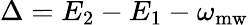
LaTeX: \Delta=E_{2}-E_{1}-\omega_{\mathrm{mw}}